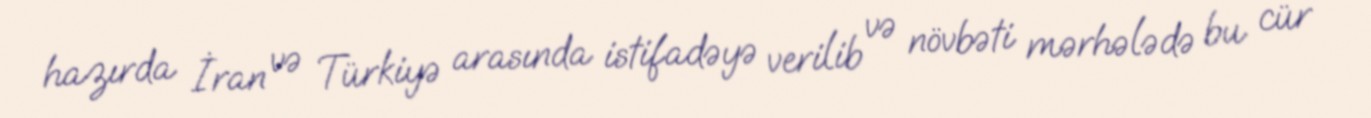
hazırda İran və Türkiyə arasında istifadəyə verilib və növbəti mərhələdə bu cür